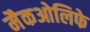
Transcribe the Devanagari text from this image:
मैकओलिफे